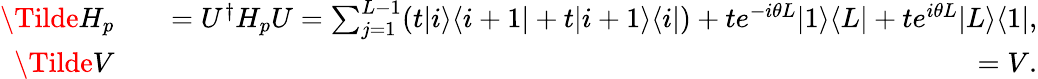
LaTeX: \begin{array}{rlr}{\Tilde{H}_{p}}&{{}}&{=U^{\dagger}H_{p}U=\sum_{j=1}^{L-1}(t|i\rangle\langle i+1|+t|i+1\rangle\langle i|)+te^{-i\theta L}|1\rangle\langle L|+te^{i\theta L}|L\rangle\langle 1|,}\\ {\Tilde{V}}&{{}}&{=V.}\end{array}